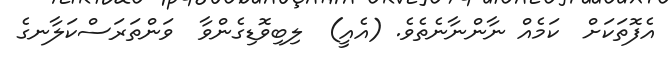
އެފޮތަކަށް  ކަމެއް ނާންނާނެތެވެ. (އެއީ)  ލިބިވޮޑިގެންވާ  ވަންތަރަސްކަލާނގެ